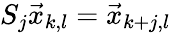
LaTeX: S_{j}\vec{x}_{k,l}=\vec{x}_{k+j,l}